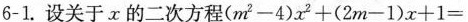
6-1.设关于x的二次方程$$( m ^ { 2 } - 4 ) x ^ { 2 } + ( 2 m - 1 ) x + 1 =